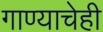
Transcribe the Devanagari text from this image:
गाण्याचेही